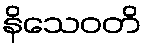
နိသေဝတိ